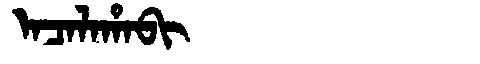
Manchu: ᠠᠴᠠᠯᠠᡥᠠᠪᡳ
Romanization: ACALAHABI